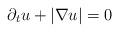
LaTeX: \begin{align*}\partial_t u+|\nabla u|=0 \end{align*}